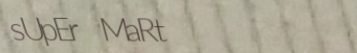
sUpEr MaRt